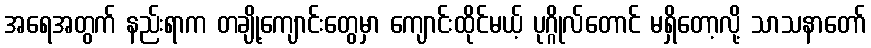
အရေအတွက် နည်းရာက တချို့ကျောင်းတွေမှာ ကျောင်းထိုင်မယ့် ပုဂ္ဂိုလ်တောင် မရှိတော့လို့ သာသနာတော်